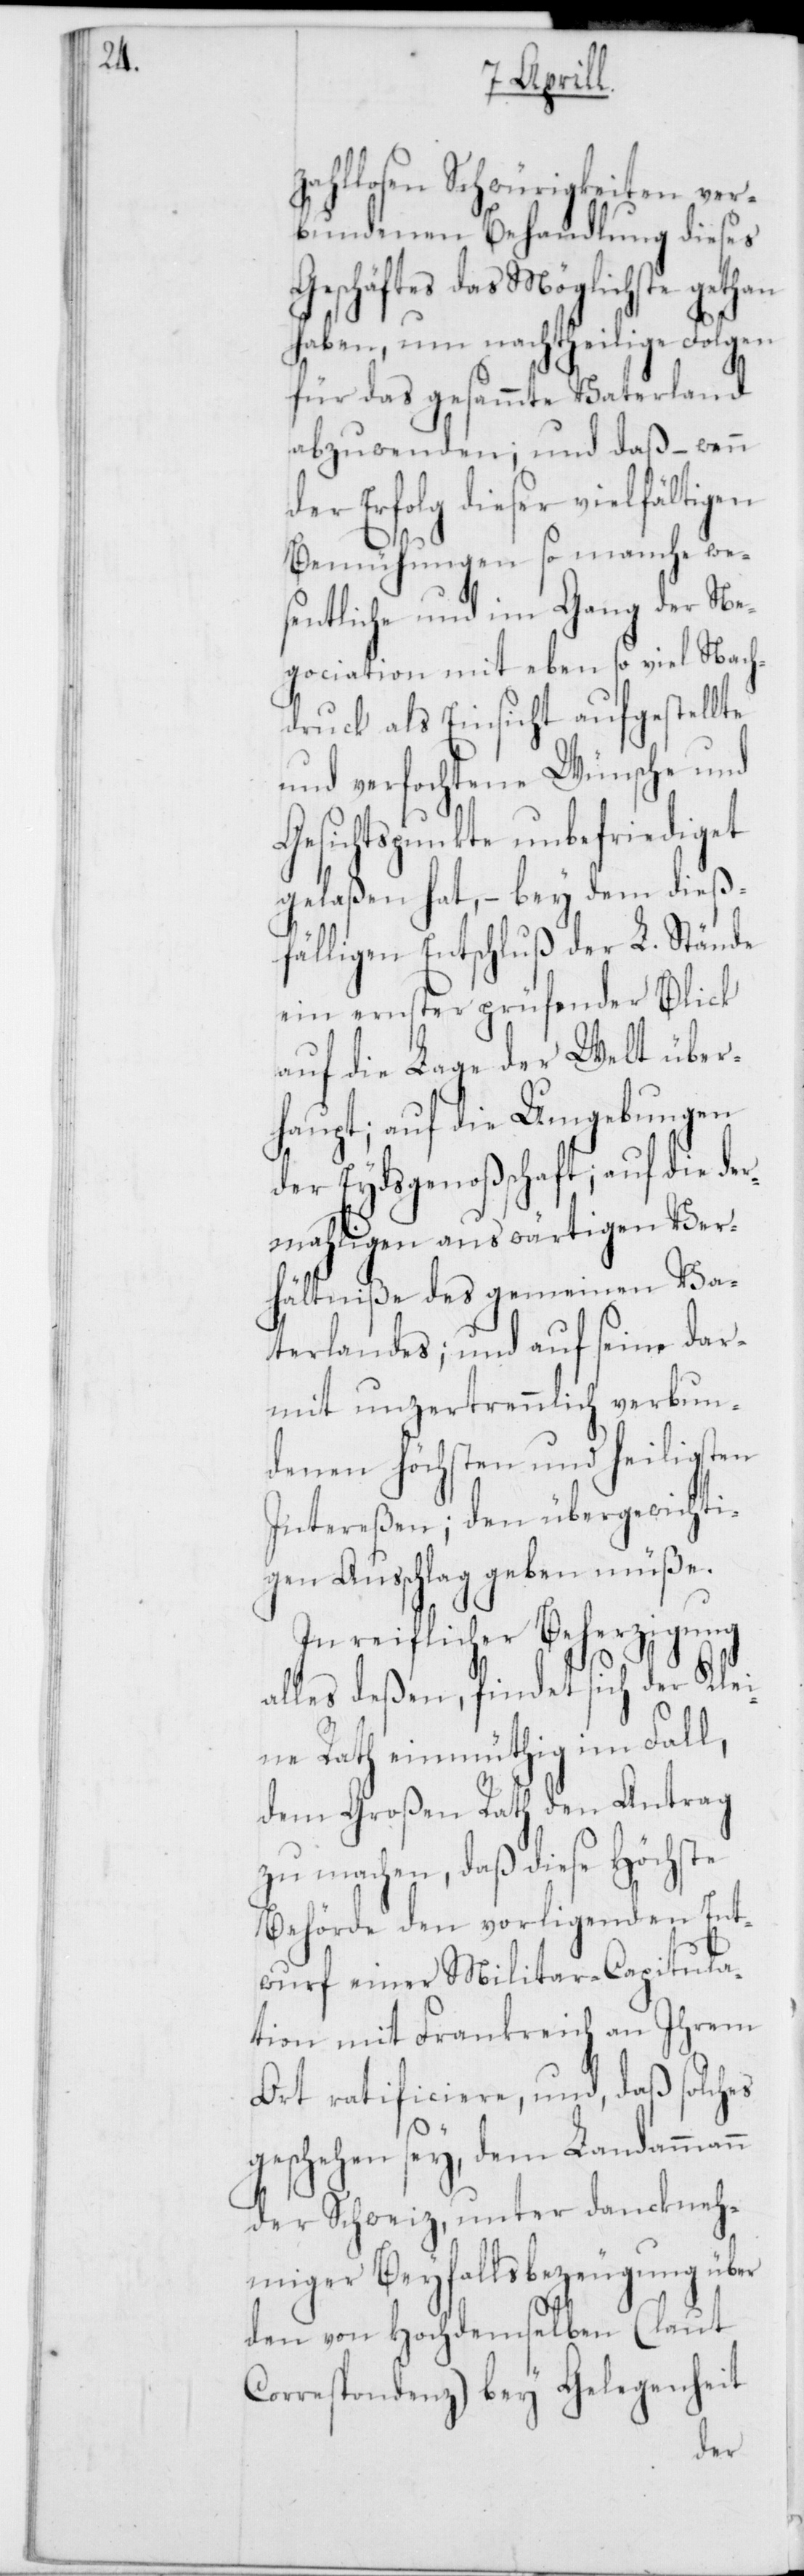
zahllosen Schwürigkeiten ver¬
bundenen Behandlung dieses
Geschäftes das Möglichste gethan
haben, um nachtheilige Folgen
für das gesammte Vaterland
abzuwenden, und daß, – wenn
der Erfolg dieser vielfältigen
Bemühungen so manche we¬
sentliche und im Gang der Ne¬
gociation mit eben so viel Nach¬
druck als Einsicht aufgestellte
und verfochtene Wünsche und
Gesichtspunkte unbefriediget
gelassen hat, – bei dem dieß¬
fälligen Entschluß der L. Stände
ein ernster prüfender Blick
auf die Lage der Welt über¬
haupt; auf die Umgebungen
der Eydsgenoßenschaft; auf die der¬
mahligen auswärtigen Ver¬
hältniße des gemeinen Va¬
terlandes; und auf seine dar¬
mit unzertrennlich verbun¬
denen höchsten und heiligsten
Intereßen; den übergewichti¬
gen Ausschlag geben müße.
In reiflicher Beherzigung
alles deßen, findet sich der Klei¬
ne Rath einmüthig im Fall,
dem Großen Rath den Antrag
zu machen, daß diese höchste
Behörde den vorliegenden Ent¬
wurf einer Militar-Capitula¬
tion mit Frankreich an Ihrem
Ort ratificiere, und daß solches
geschehen sey, dem Landammann
der Schweiz, unter dankneh¬
miger Beyfallsbezeugung über
den von Hochdemselben (laut
Correspondenz) bey Gelegenheit